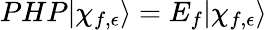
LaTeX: \begin{array}{r}{PHP|\chi_{f,\epsilon}\rangle=E_{f}|\chi_{f,\epsilon}\rangle}\end{array}